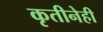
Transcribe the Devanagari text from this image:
कृतीनेही